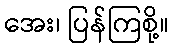
အေး၊ ပြန်ကြစို့။